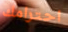
احترامك